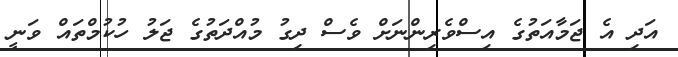
އަދި އެ ޖަމާއަތުގެ އިސްވެރިންނަށް ވެސް ދިގު މުއްދަތުގެ ޖަލު ހުކުމްތައް ވަނީ